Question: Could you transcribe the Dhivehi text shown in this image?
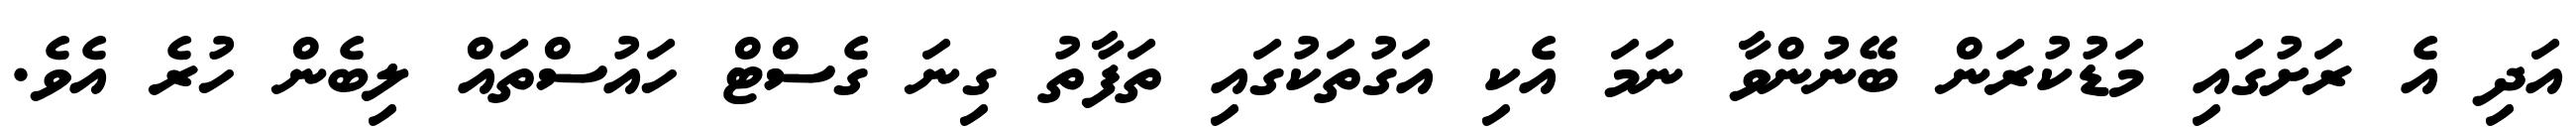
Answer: އަދި އެ ރަށުގައި މަޑުކުރަން ބޭނުންވާ ނަމަ އެކި އަގުތަކުގައި ތަފާތު ގިނަ ގެސްޓް ހައުސްތައް ލިބެން ހުރެ އެވެ.